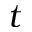
t